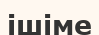
ішіме